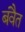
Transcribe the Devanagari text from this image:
बंवैत